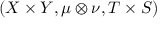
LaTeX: ( X \times Y , \mu \otimes \nu , T \times S )